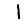
Digit: 1